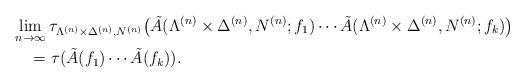
LaTeX: \begin{align*}&\lim_{n\to\infty}\tau_{\Lambda^{(n)}\times\Delta^{(n)},N^{(n)}} \big( \tilde A(\Lambda^{(n)}\times\Delta^{(n)},N^{(n)};f_1)\dotsm \tilde A(\Lambda^{(n)}\times\Delta^{(n)},N^{(n)};f_k)\big)\\&\quad=\tau(\tilde A(f_1)\dotsm \tilde A(f_k)).\end{align*}